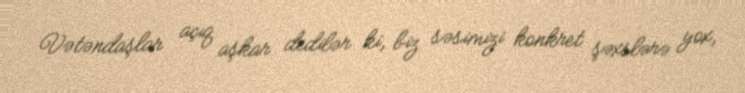
Vətəndaşlar açıq aşkar dedilər ki, biz səsimizi konkret şəxslərə yox,